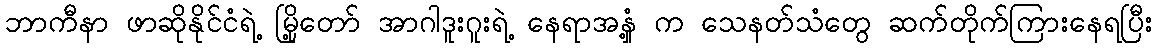
ဘာကီနာ ဖာဆိုနိုင်ငံရဲ့ မြို့တော် အာဂါဒူးဂူးရဲ့ နေရာအနှံ့ က သေနတ်သံတွေ ဆက်တိုက်ကြားနေရပြီး